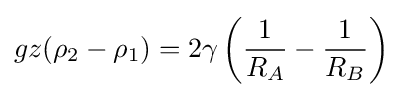
gz(\rho _{2}-\rho _{1})=2\gamma \left({\frac {1}{R_{A}}}-{\frac {1}{R_{B}}}\right)\!